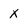
Character: x